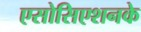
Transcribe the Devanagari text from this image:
एसोसिएशनके